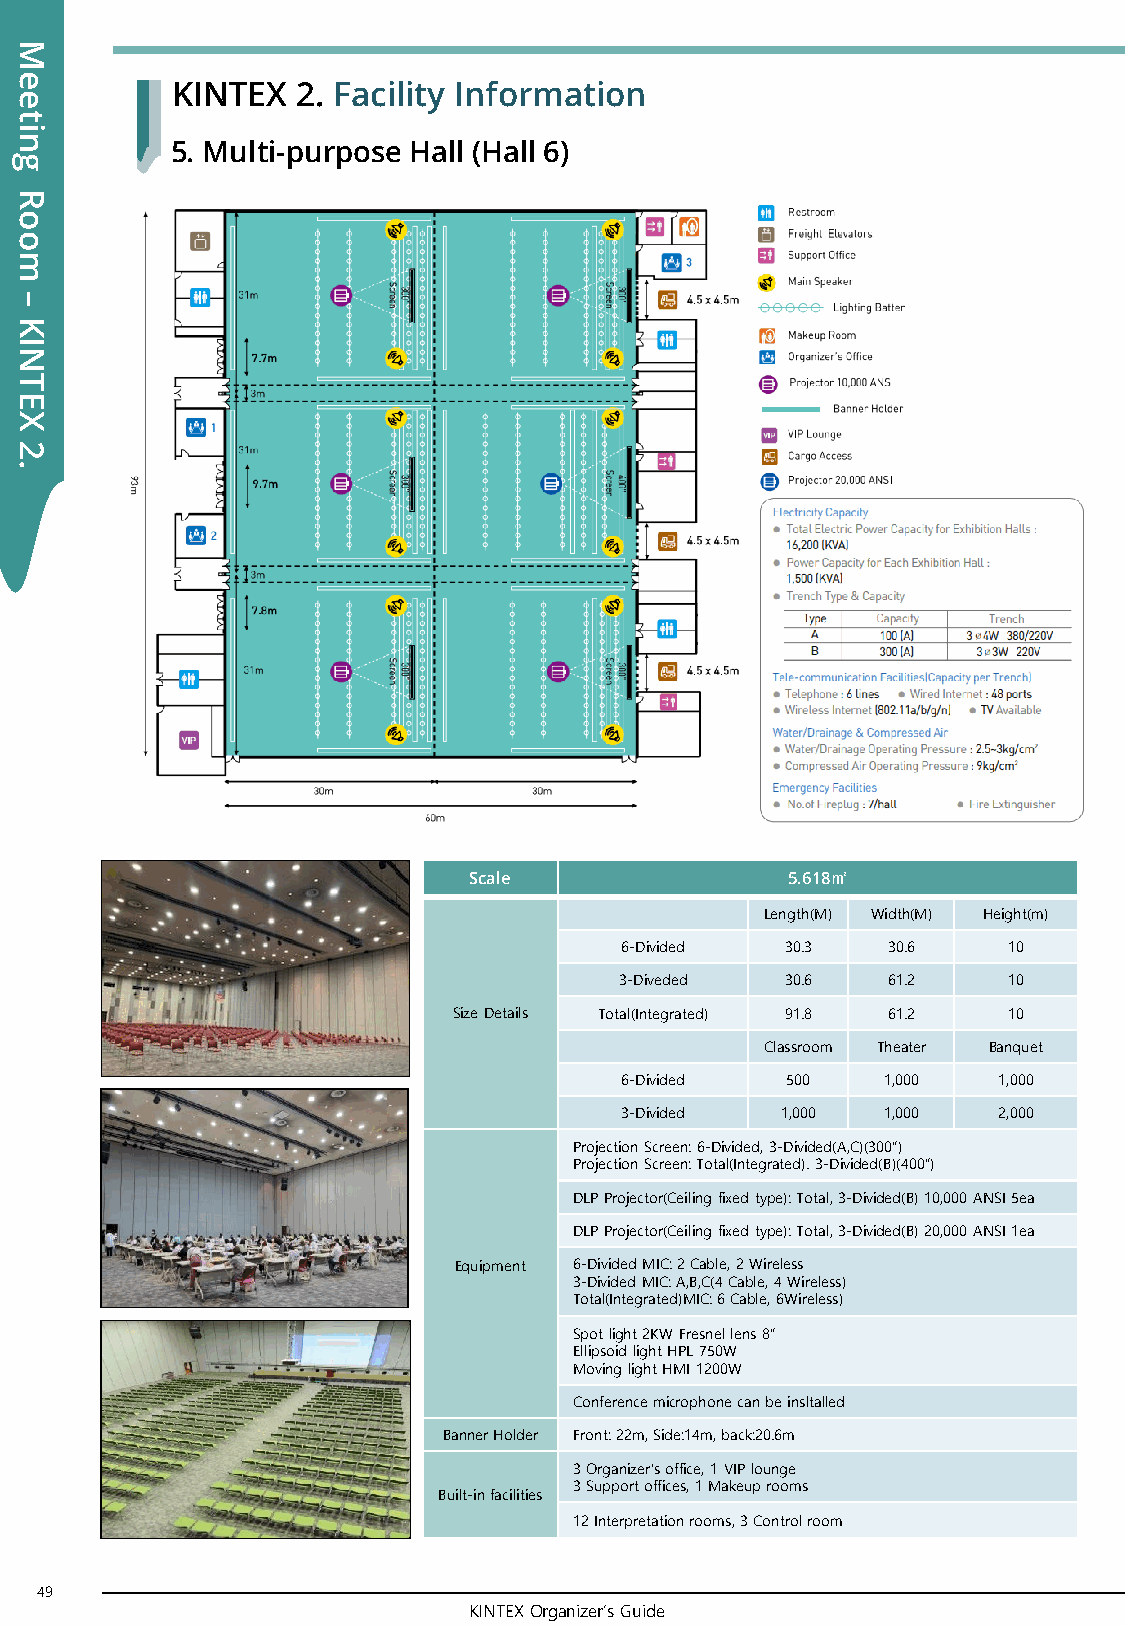
M
 e
 KINTEX   2. Facility Information
 e
 t
 i
 n
 5. Multi-purpose Hall (Hall 6)
 g
 R
 o
 o
 m
 –
 K
 I
 N
 T
 E
 X
 2
 .
 Scale                5.618㎡
 Length(M) Width(M) Height(m)
 6-Divided  30.3   30.6    10
 3-Diveded  30.6   61.2    10
 Size Details Total(Integrated) 91.8 61.2 10
 Classroom Theater Banquet
 6-Divided  500    1,000  1,000
 3-Divided  1,000  1,000  2,000
 Projection Screen: 6-Divided, 3-Divided(A,C)(300”)
 Projection Screen: Total(Integrated). 3-Divided(B)(400”)
 DLP Projector(Ceiling fixed type): Total, 3-Divided(B) 10,000 ANSI 5ea
 DLP Projector(Ceiling fixed type): Total, 3-Divided(B) 20,000 ANSI 1ea
 Equipment 6-Divided MIC: 2 Cable, 2 Wireless
 3-Divided MIC: A,B,C(4 Cable, 4 Wireless)
 Total(Integrated)MIC: 6 Cable, 6Wireless)
 Spot light 2KW Fresnel lens 8”
 Ellipsoid light HPL 750W
 Moving light HMI 1200W
 Conference microphone can be insltalled
 Banner Holder Front: 22m, Side:14m, back:20.6m
 3 Organizer’s office, 1 VIP lounge
 3 Support offices, 1 Makeup rooms
 Built-in facilities
 12 Interpretation rooms, 3 Control room
 49
 KINTEX Organizer’s Guide
 50